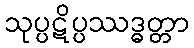
သုပ္ပဋိပ္ပဿဒ္ဓတ္တာ